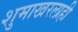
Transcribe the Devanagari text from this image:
शुमाखरलाही